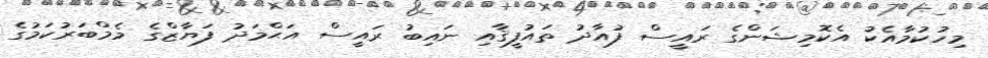
މިހުކުމާއެކު އެކޮމިޝަންގެ ރައީސް ފުއާދު ތައުފީޤާއި ނައިބު ރައީސް އަޙްމަދު ފަޔާޒްގެ މެމްބަރުކަމުގެ